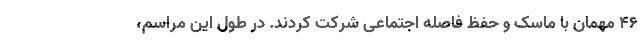
46 مهمان با ماسک و حفظ فاصله اجتماعی شرکت کردند. در طول این مراسم،